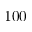
1 0 0